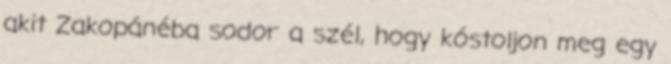
akit Zakopánéba sodor a szél, hogy kóstoljon meg egy